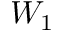
W _ { 1 }